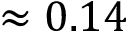
\approx 0 . 1 4